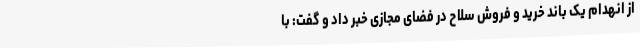
از انهدام یک باند خرید و فروش سلاح در فضای مجازی خبر داد و گفت: با